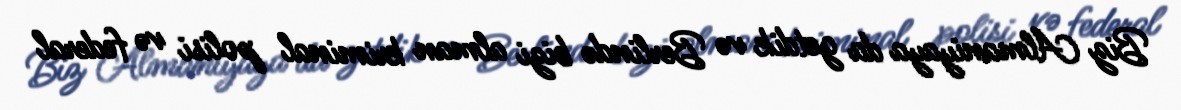
Biz Almaniyaya da getdik və Berlində bizi alman kriminal polisi və federal